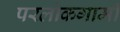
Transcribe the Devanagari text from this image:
परलोकगामी